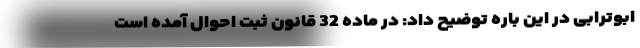
ابوترابی در این باره توضیح داد: در ماده 32 قانون ثبت احوال آمده است